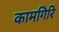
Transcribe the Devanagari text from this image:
कामगिरि